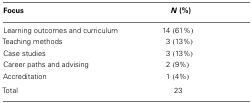
<table><thead><tr><td><b>Focus</b></td><td><b><i>N</i> (%)</b></td></tr></thead><tbody><tr><td>Learning outcomes and curriculum</td><td>14 (61%)</td></tr><tr><td>Teaching methods</td><td>3 (13%)</td></tr><tr><td>Case studies</td><td>3 (13%)</td></tr><tr><td>Career paths and advising</td><td>2 (9%)</td></tr><tr><td>Accreditation</td><td>1 (4%)</td></tr><tr><td>Total</td><td>23</td></tr></tbody></table>